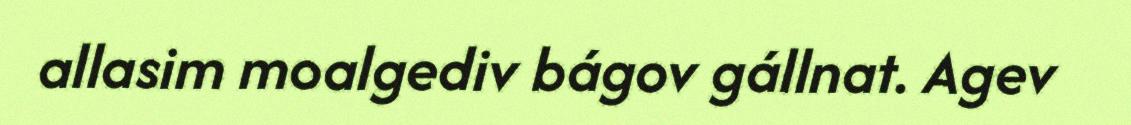
allasim moalgediv bágov gállnat. Agev